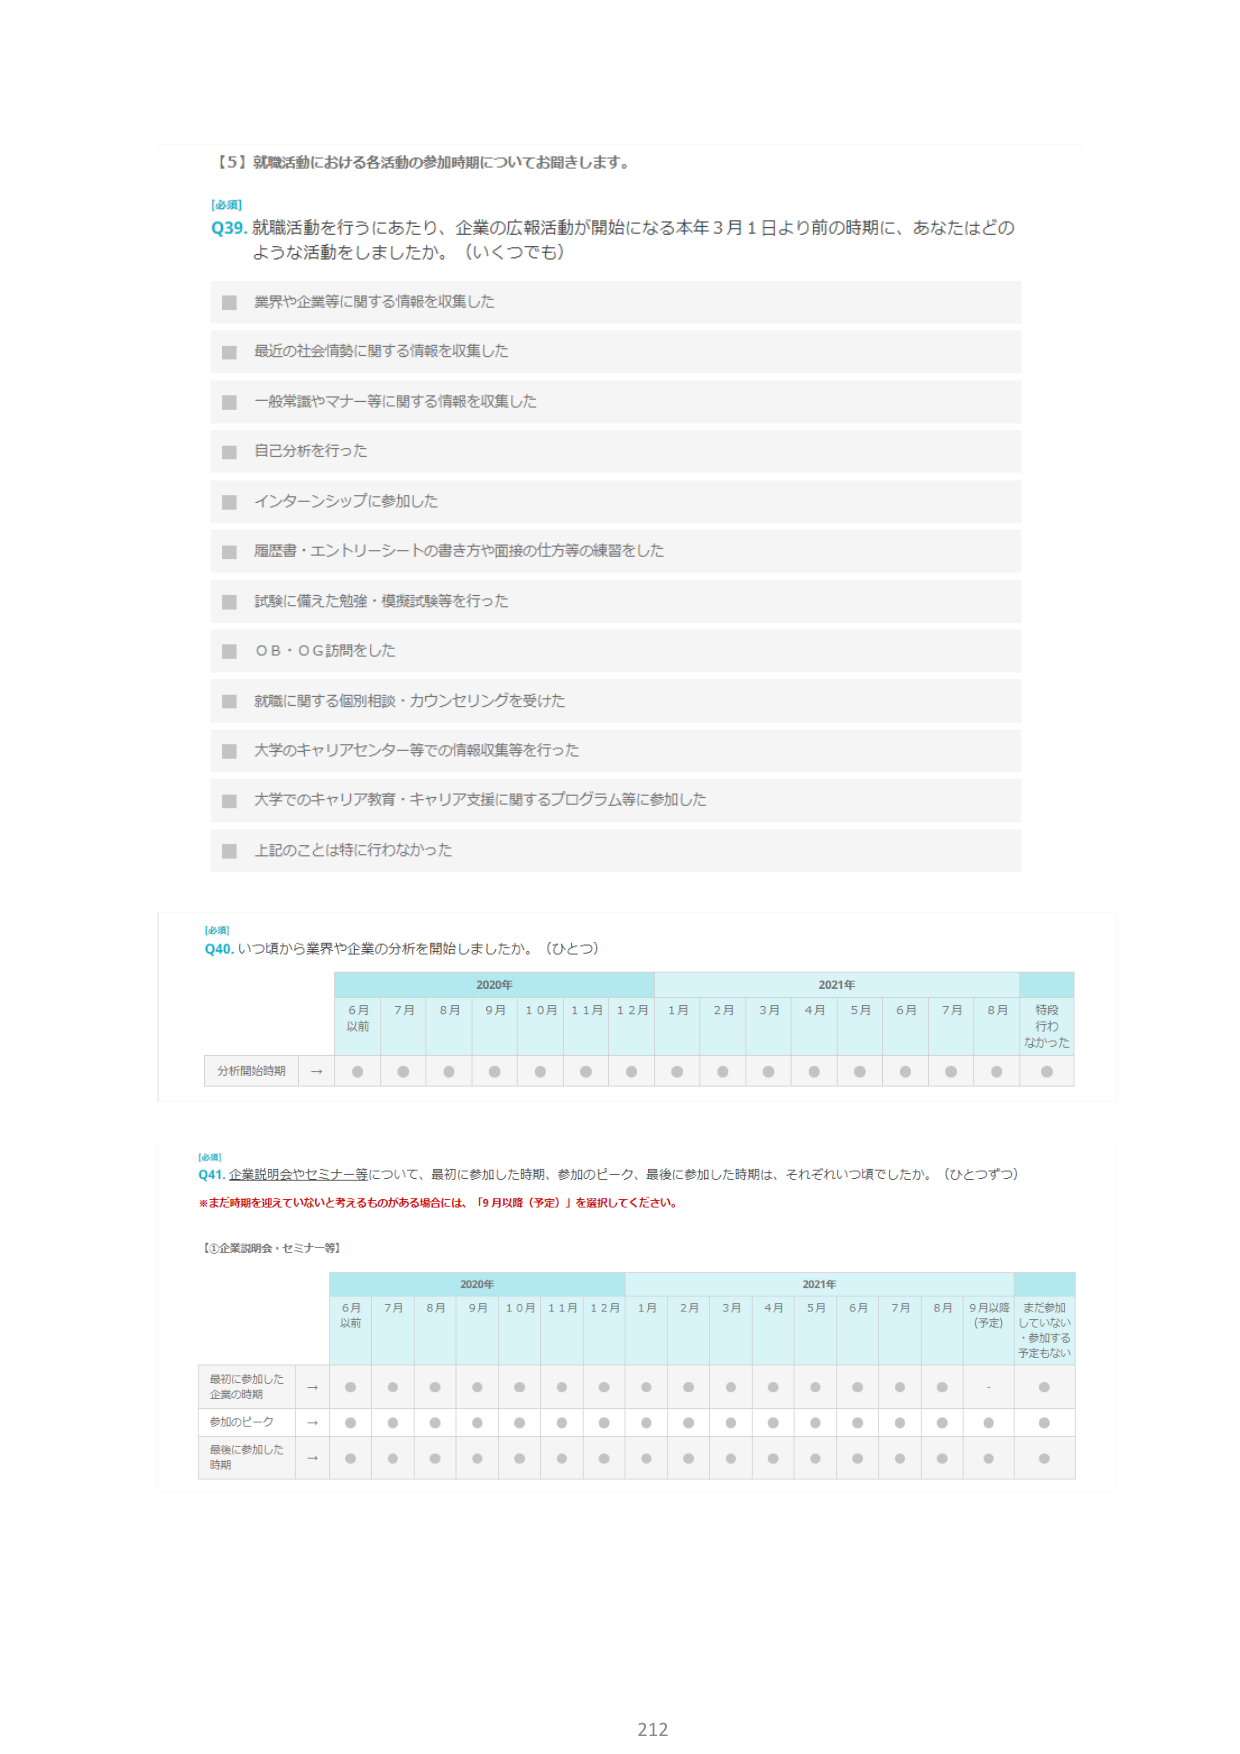
【5】就職活動における各活動の参加時期についてお聞きします。

[必須]
Q39. 就職活動を行うにあたり、企業の広報活動が開始になる本年3月1日より前の時期に、あなたはどのような活動をしましたか。（いくつでも）

■ 業界や企業等に関する情報を収集した
■ 最近の社会情勢に関する情報を収集した
■ 一般常識やマナー等に関する情報を収集した
■ 自己分析を行った
■ インターンシップに参加した
■ 履歴書・エントリーシートの書き方や面接の仕方等の練習をした
■ 試験に備えた勉強・模擬試験等を行った
■ OB・OG訪問をした
■ 就職に関する個別相談・カウンセリングを受けた
■ 大学のキャリアセンター等での情報収集等を行った
■ 大学でのキャリア教育・キャリア支援に関するプログラム等に参加した
■ 上記のことは特に行わなかった

[必須]
Q40. いつ頃から業界や企業の分析を開始しましたか。（ひとつ）

2020年 2021年
6月以前 7月 8月 9月 10月 11月 12月 1月 2月 3月 4月 5月 6月 7月 8月 特段行わなかった
分析開始時期 → ● ● ● ● ● ● ● ● ● ● ● ● ● ● ● ●

[必須]
Q41. 企業説明会やセミナー等について、最初に参加した時期、参加のピーク、最後に参加した時期は、それぞれいつ頃でしたか。（ひとつずつ）

※まだ時期を迎えていないと考えるものがある場合には、「9月以降（予定）」を選択してください。

【①企業説明会・セミナー等】

2020年 2021年
6月以前 7月 8月 9月 10月 11月 12月 1月 2月 3月 4月 5月 6月 7月 8月 9月以降（予定） まだ参加していない・参加する予定もない

最初に参加した企業の時期 → ● ● ● ● ● ● ● ● ● ● ● ● ● ● ● ●
参加のピーク → ● ● ● ● ● ● ● ● ● ● ● ● ● ● ● ●
最後に参加した時期 → ● ● ● ● ● ● ● ● ● ● ● ● ● ● ● ●

212